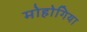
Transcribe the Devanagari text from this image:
मोहोगिया